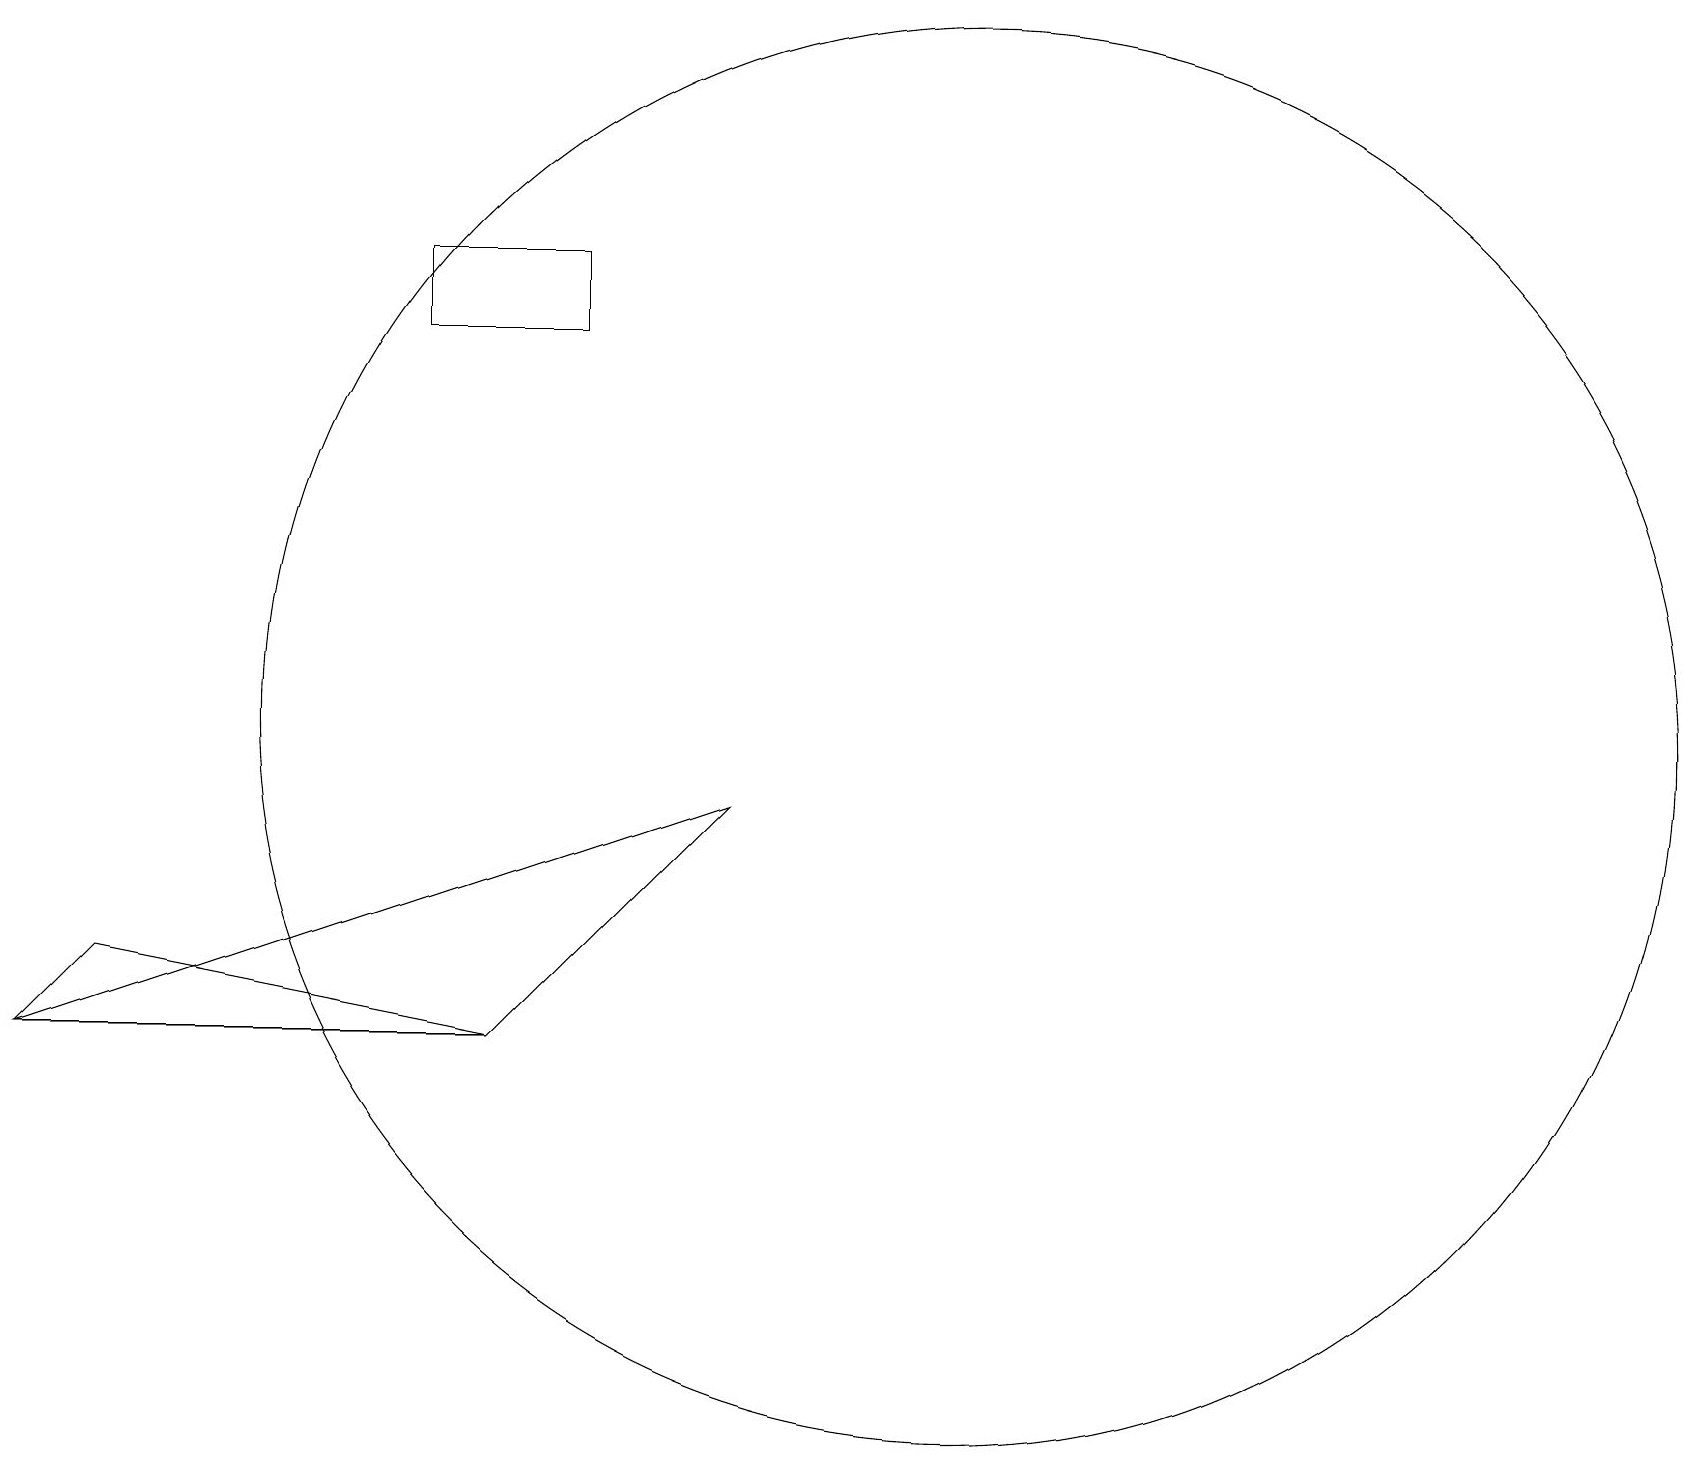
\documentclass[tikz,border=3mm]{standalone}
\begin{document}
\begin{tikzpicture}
\draw (12,10) circle (9);
\draw (6,6) -- (0,6) -- (1,7) -- cycle;
\draw (9,9) -- (0,6) -- (6,6) -- cycle;
\draw (5,16) rectangle (7,15);
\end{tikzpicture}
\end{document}